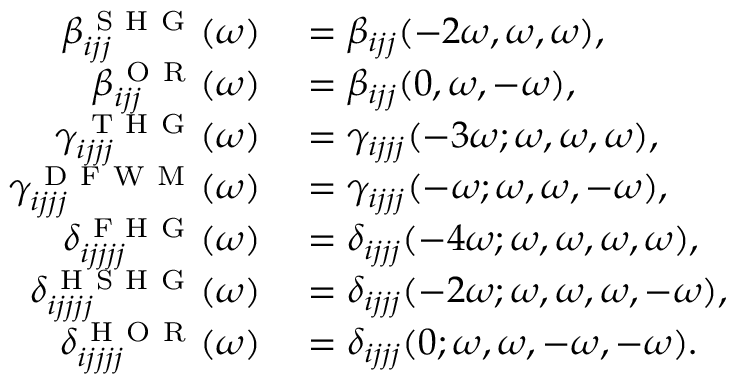
\begin{array} { r l } { \beta _ { i j j } ^ { \mathrm { ~ S ~ H ~ G ~ } } ( \omega ) } & { { } = \beta _ { i j j } ( - 2 \omega , \omega , \omega ) , } \\ { \beta _ { i j j } ^ { \mathrm { ~ O ~ R ~ } } ( \omega ) } & { { } = \beta _ { i j j } ( 0 , \omega , - \omega ) , } \\ { \gamma _ { i j j j } ^ { \mathrm { ~ T ~ H ~ G ~ } } ( \omega ) } & { { } = \gamma _ { i j j j } ( - 3 \omega ; \omega , \omega , \omega ) , } \\ { \gamma _ { i j j j } ^ { \mathrm { ~ D ~ F ~ W ~ M ~ } } ( \omega ) } & { { } = \gamma _ { i j j j } ( - \omega ; \omega , \omega , - \omega ) , } \\ { \delta _ { i j j j j } ^ { \mathrm { ~ F ~ H ~ G ~ } } ( \omega ) } & { { } = \delta _ { i j j j } ( - 4 \omega ; \omega , \omega , \omega , \omega ) , } \\ { \delta _ { i j j j j } ^ { \mathrm { ~ H ~ S ~ H ~ G ~ } } ( \omega ) } & { { } = \delta _ { i j j j } ( - 2 \omega ; \omega , \omega , \omega , - \omega ) , } \\ { \delta _ { i j j j j } ^ { \mathrm { ~ H ~ O ~ R ~ } } ( \omega ) } & { { } = \delta _ { i j j j } ( 0 ; \omega , \omega , - \omega , - \omega ) . } \end{array}